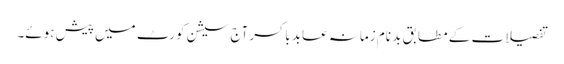
تفصیلات کے مطابق بد نامِ زمانہ عابد باکسر آج سیشن کورٹ میں پیش ہوئے۔